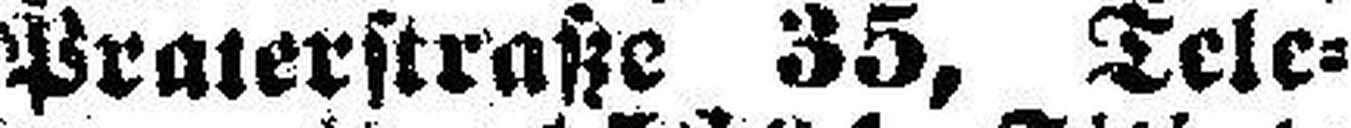
Praterstraße 35, Tele¬